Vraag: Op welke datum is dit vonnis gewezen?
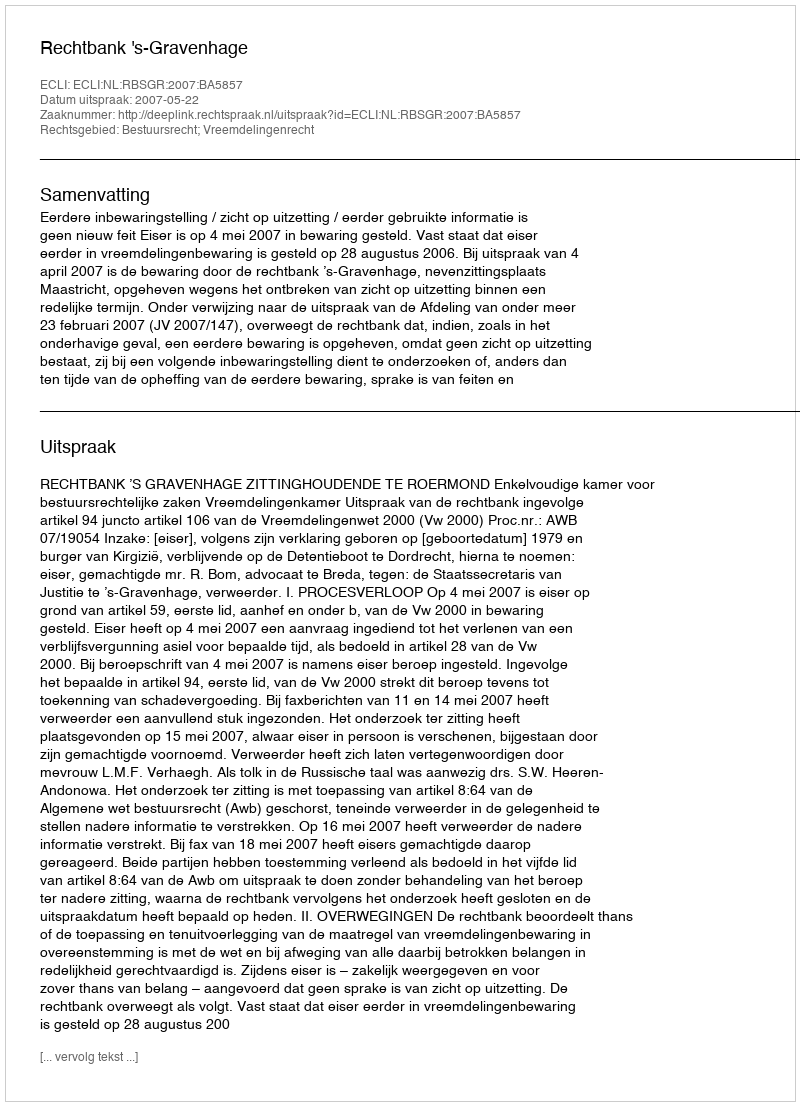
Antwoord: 2007-05-22